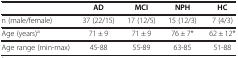
|  | AD | MCI | NPH | HC |
 | --- | --- | --- | --- | --- |
 | n (male/female) | 37 (22/15) | 17 (12/5) | 15 (12/3) | 7 (4/3) |
 | Age (years)a | 71 ± 9 | 71 ± 9 | 76 ± 7* | 62 ± 12* |
 | Age range (min-max) | 45-88 | 55-89 | 63-85 | 51-88 |